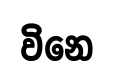
විනෙ